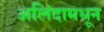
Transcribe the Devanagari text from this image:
अलिंदामधून